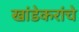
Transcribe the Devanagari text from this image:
खांडेकरांचे